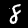
Label: 8